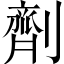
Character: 劑